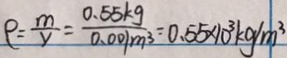
\rho = \frac { m } { V } = \frac { 0 . 5 5 k g } { 0 . 0 0 1 m ^ { 3 } } = 0 . 5 5 \times 1 0 ^ { 3 } k g / m ^ { 3 }